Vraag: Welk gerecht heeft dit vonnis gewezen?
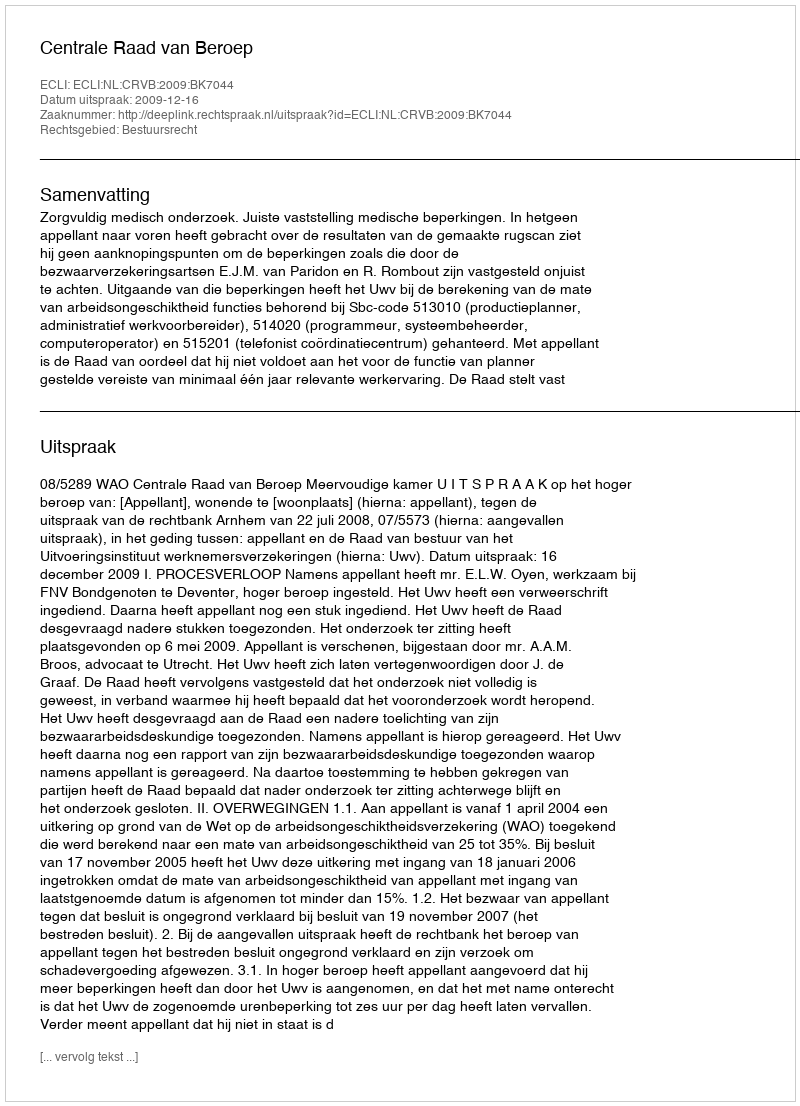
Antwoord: Centrale Raad van Beroep